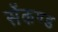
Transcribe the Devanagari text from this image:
सेंकण्ड